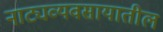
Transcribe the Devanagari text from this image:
नाट्यव्यवसायातील